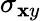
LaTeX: \sigma_{\mathbf{x}y}